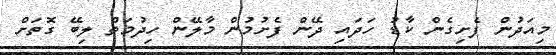
މިއަދުން ފެށިގެން ކާޑު ހަދައި ދޭން ފެށުމުން މާލޭން ހިދުމަތް ލިބޭ ގޮތަށް